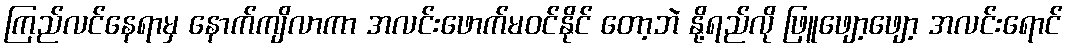
ကြည်လင်နေရာမှ နောက်ကျိလာကာ အလင်းဖောက်မဝင်နိုင် တော့ဘဲ နို့ရည်လို ဖြူဖျော့ဖျော့ အလင်းရောင်